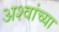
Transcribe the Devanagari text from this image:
अश्वांच्या